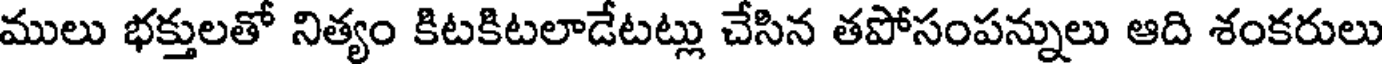
ములు భక్తులతో నిత్యం కిటకిటలాడేటట్లు చేసిన తపోసంపన్నులు ఆది శంకరులు